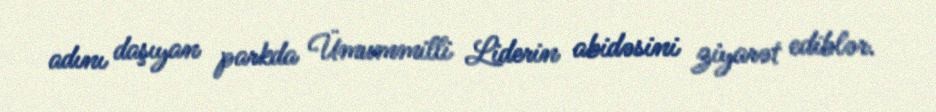
adını daşıyan parkda Ümummilli Liderin abidəsini ziyarət ediblər.